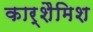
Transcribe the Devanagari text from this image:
कार्शैमिश